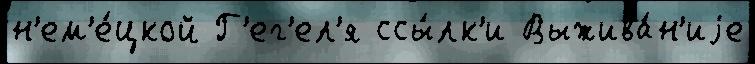
н'ем'е́цкой Г'ег'ел'я ссы́лк'и Выжива́н'иjе